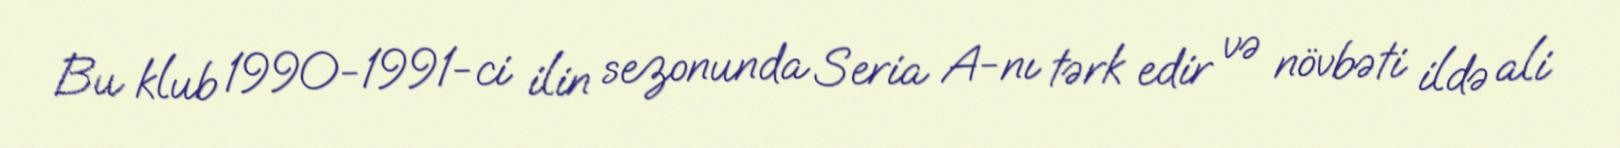
Bu klub 1990-1991-ci ilin sezonunda Seria A-nı tərk edir və növbəti ildə ali